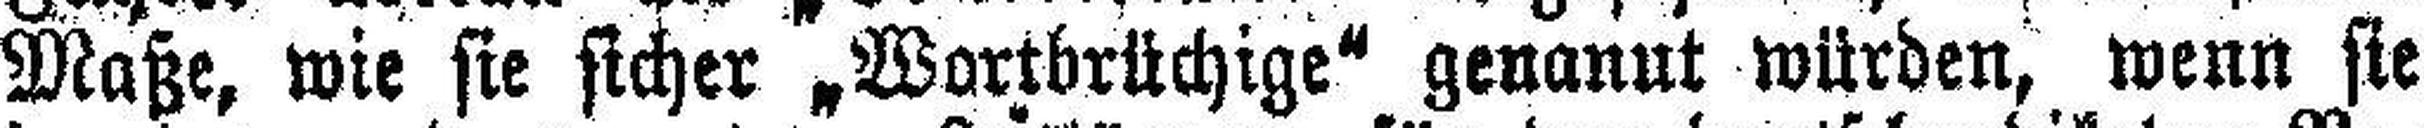
Maße, wie sie sicher „Wortbrüchige“ genannt würden, wenn sie